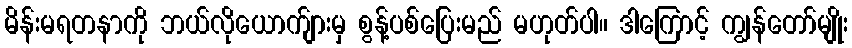
မိန်းမရတနာကို ဘယ်လိုယောက်ျားမှ စွန့်ပစ်ပြေးမည် မဟုတ်ပါ။ ဒါကြောင့် ကျွန်တော်မျိုး